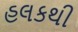
હલકથી